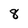
Character: 8